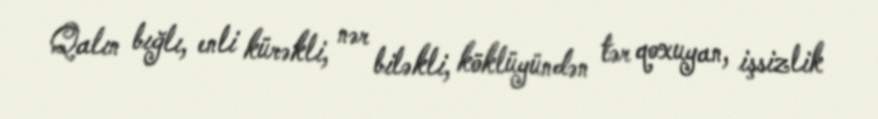
Qalın bığlı, enli kürəkli, nər biləkli, köklüyündən tər qoxuyan, işsizlik